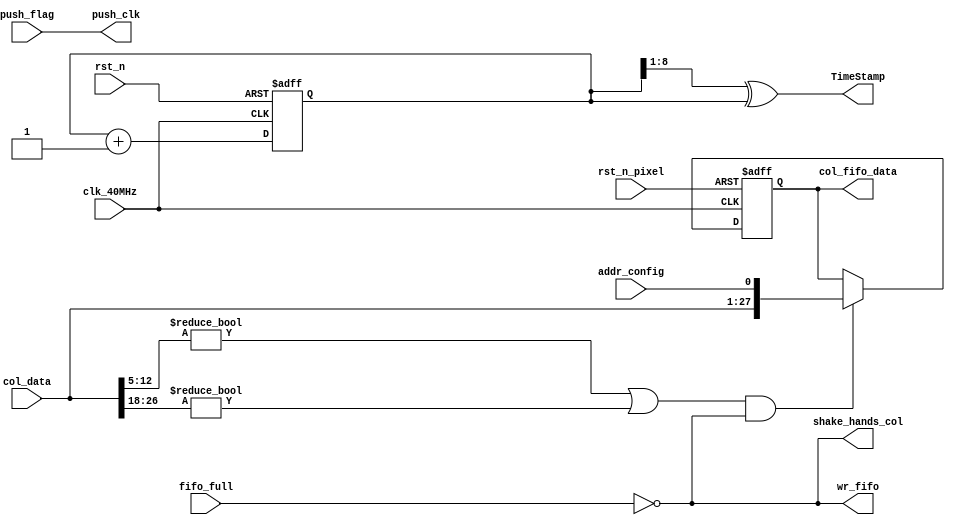
//
module End_of_Col(
		clk_40MHz			,
		rst_n				,
		rst_n_pixel			,
		col_data			,//0
		push_flag			,//maskpulseDAC
		addr_config			,//
		fifo_full			,//fifo
		//route_fifo_full	,//fifo
		
		col_fifo_data		,//fifo
		//route_fifo_data	,//fifofifo
		TimeStamp			,//
		wr_fifo				,//
		//wr_route_fifo		,//
		push_clk			,//maskpulseDAC
		//rst_n_out			,
		shake_hands_col	 //fifo_full0
	);

	input clk_40MHz;
	input rst_n;
	input rst_n_pixel;
	//input smode;
	//input [24:0] col_data;
	input [26:0] col_data;
	//
	input push_flag;
	input  addr_config;//1bitaddr_config
	input fifo_full;
	//input route_fifo_full;

	output [27:0] col_fifo_data;//5FTOA+9TOA+8TOT+6addr
	//output [29:0] route_fifo_data;
	output [8:0] TimeStamp;//
	output wr_fifo;
	//output wr_route_fifo;
	output push_clk;
	output shake_hands_col;
	//output rst_n_out;
	
	reg [27:0] col_fifo_data;
	//reg [29:0] route_fifo_data;
	reg [8:0] TimeStamp_binary;//
	wire wr_fifo;
	//reg [23:0] col_data_temp_0;
	//reg wr_route_fifo;
	wire shake_hands_col;
	wire [8:0] TimeStamp;
	//wire [8:0] TimeStamp_gray;//
	//wire [8:0] TimeStamp_gray_bin;//
	
	//assign TimeStamp_gray = col_data[23:15];
	assign TimeStamp = {(TimeStamp_binary >> 1'b1) ^ TimeStamp_binary};//
	//assign TimeStamp_gray_bin = rst_n ? {TimeStamp_gray[8], (TimeStamp_gray_bin[8:1] ^ TimeStamp_gray[7:0])} : 9'd0;//
	
	assign shake_hands_col = !fifo_full;
	assign wr_fifo = !fifo_full;
	//assign rst_n_out=rst_n & rst_n_pixel;
	
	assign push_clk = push_flag;
	
	//assign shake_hands_col = !fifo_full;
	
	/*always @(col_data)
		begin
			if(col_data != 24'd0)
				begin
					wr_fifo = 1'b1;
					last_flag = 1'b0;
				end
			else
				begin
					wr_fifo = 1'b0;
					last_flag = 1'b1;
				end
		end*/
		
	
	always @(posedge clk_40MHz or negedge rst_n_pixel)
		begin
			if(!rst_n_pixel)
				begin
					col_fifo_data <= 28'd0;
				end
			/*else if(smode)
				begin
					col_fifo_data <= 29'd0;
				end*/
			//col_data[12:5]TOTcol_data[25:17]TOA
			//PCiTOT0
			//TOA0| col_data[25:17] != 9'd0
			
			//
			else if((col_data[12:5] != 8'd0 | col_data[26:18] != 9'd0) & shake_hands_col)
				begin
					col_fifo_data <= {col_data, addr_config} ;
				end
			else
				begin
					col_fifo_data <= col_fifo_data;
				end
		end

	//
	always @(posedge clk_40MHz or negedge rst_n)
		begin
			if(!rst_n)
				begin
					TimeStamp_binary <= 9'd0;
				end
			else
				begin
					TimeStamp_binary <= TimeStamp_binary + 1'b1;
				end
		end
	
endmodule